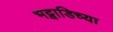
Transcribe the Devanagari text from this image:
भट्वाडिच्या